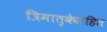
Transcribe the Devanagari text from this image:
त्रिमातृकेसहित